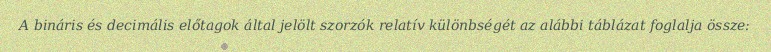
A bináris és decimális előtagok által jelölt szorzók relatív különbségét az alábbi táblázat foglalja össze: